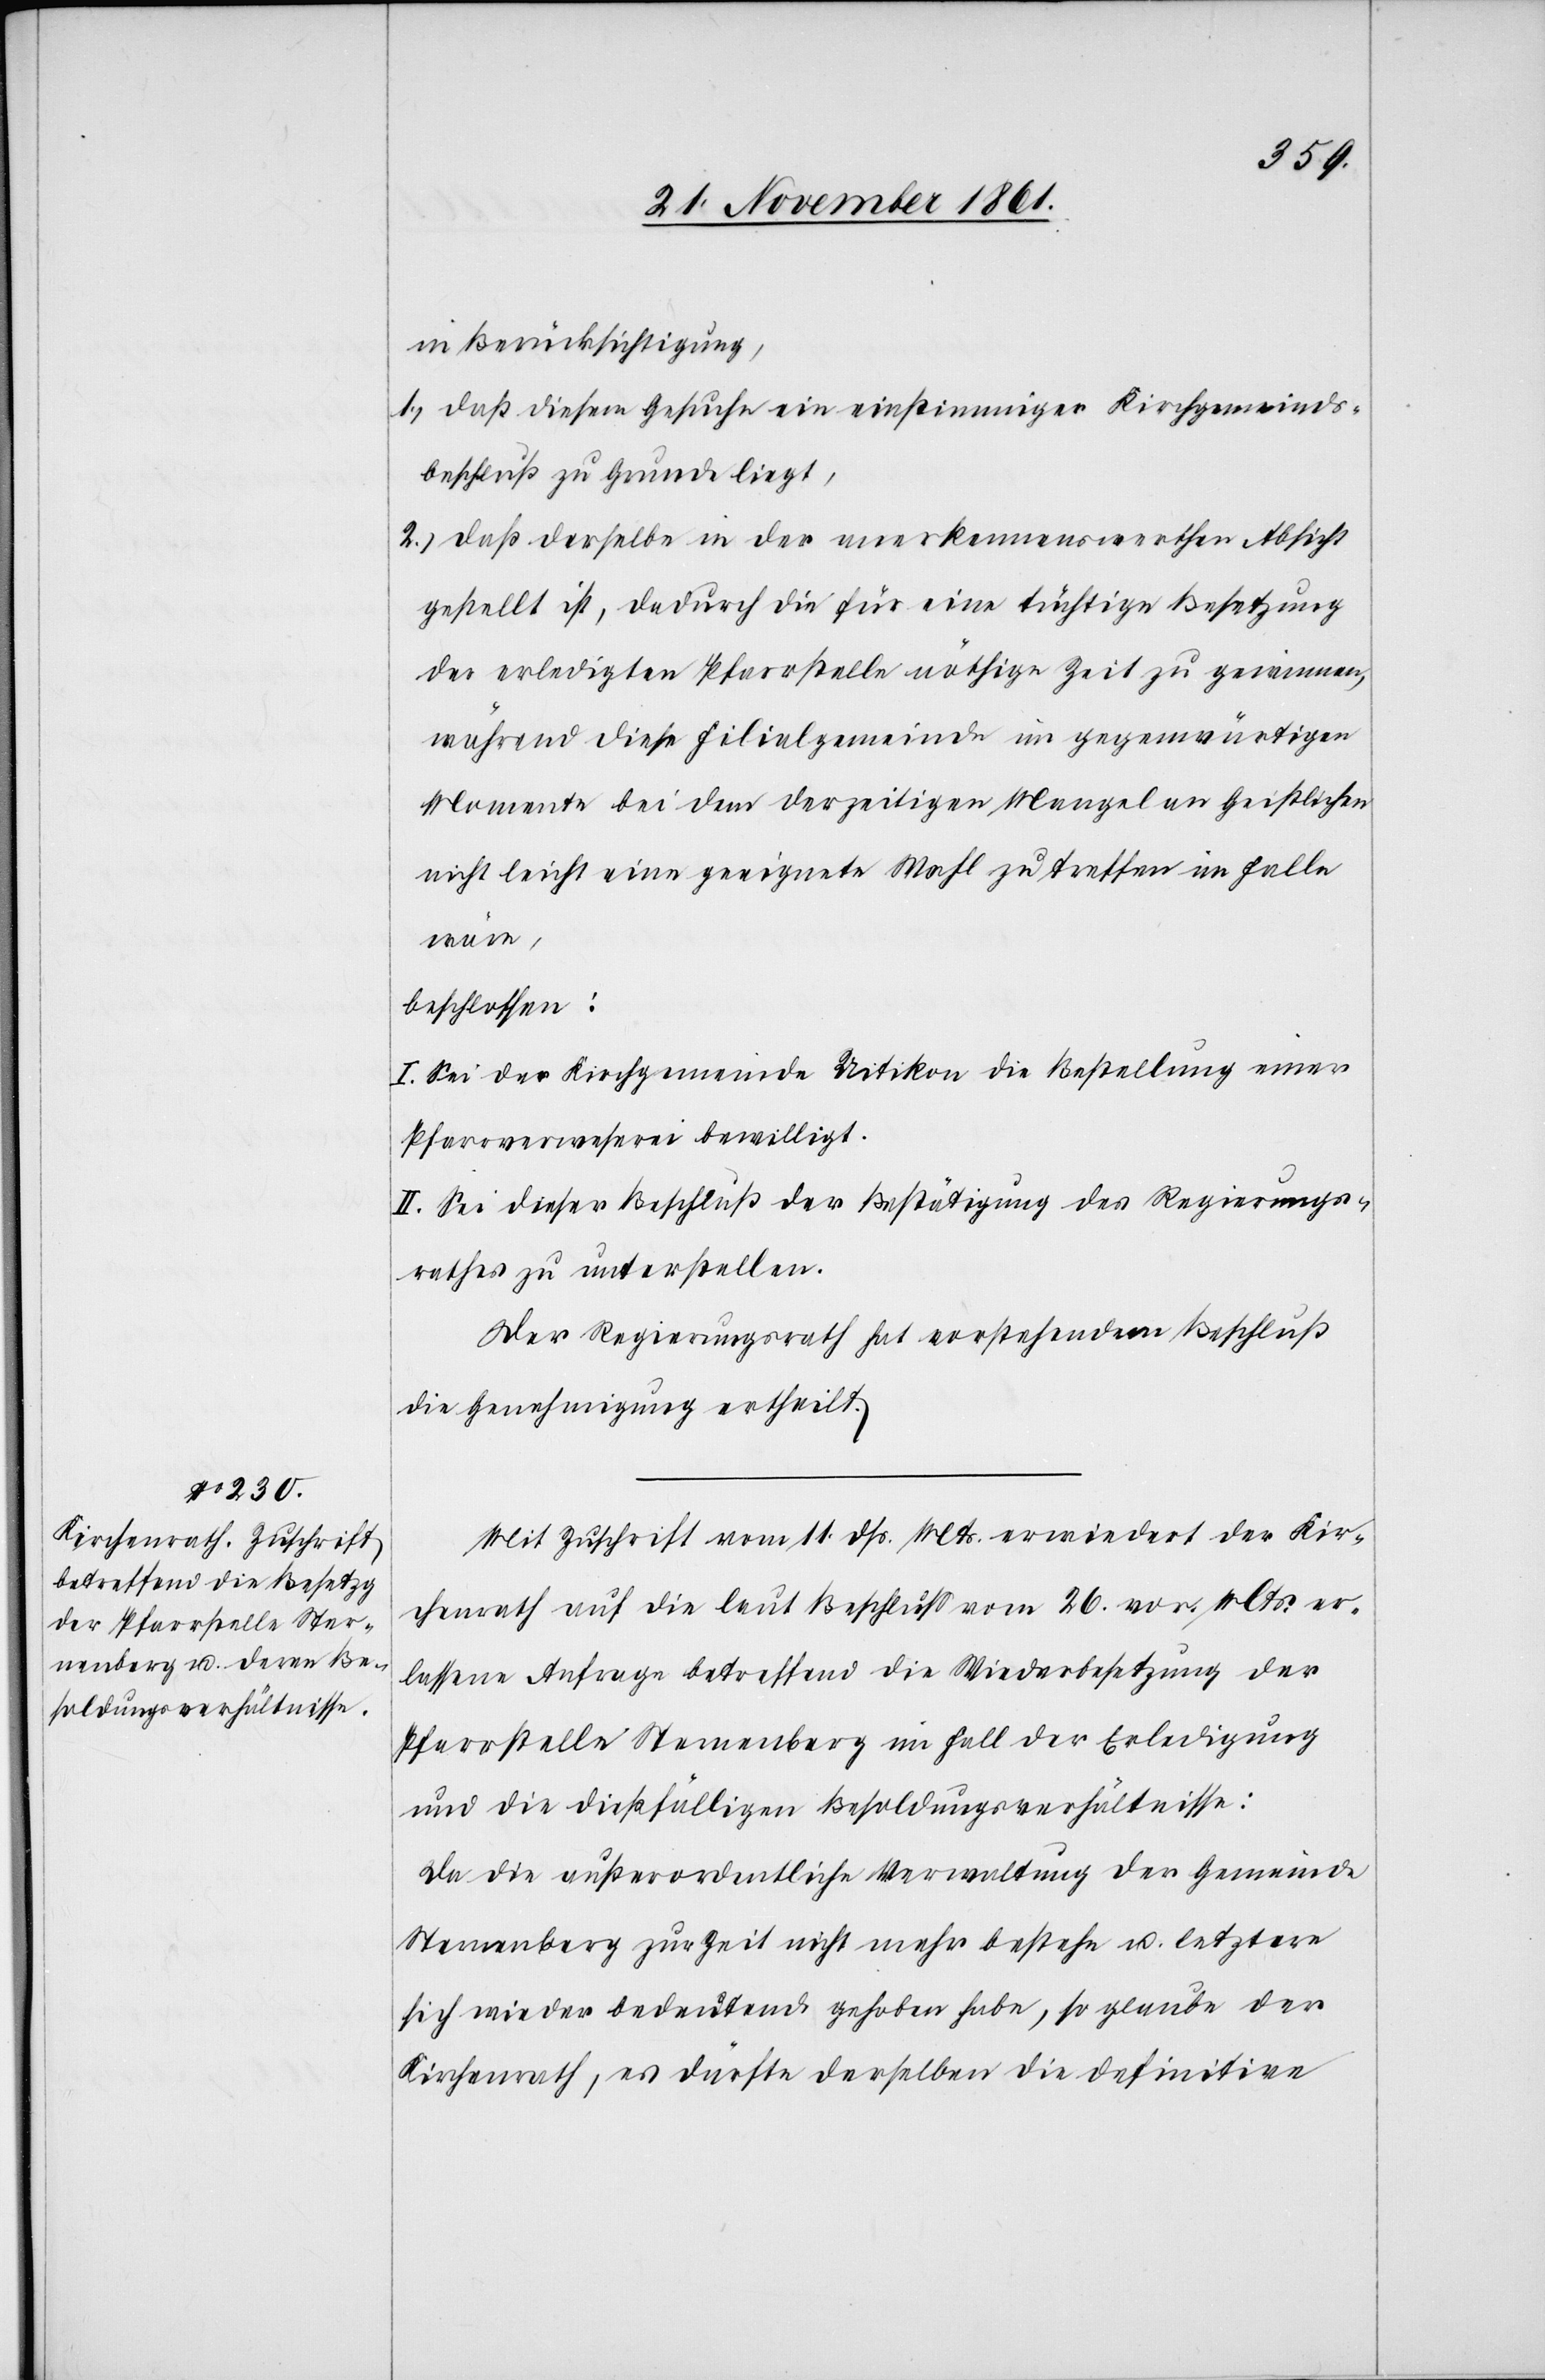
in Berücksichtigung.
1.) daß diesem Gesuche ein einstimmiger Kirchgemeinds¬
beschluß zu Grunde liegt,
2.) daß derselbe in der anerkennenswerthen Absicht
gestellt ist, dadurch die für eine tüchtige Besetzung
der erledigten Pfarrstelle nöthige Zeit zu gewinnen,
während diese Filialgemeinde im gegenwärtigen
Momente bei dem derzeitigen Mangel an Geistlichen
nicht leicht eine geeignete Wahl zu treffen im Falle
beschlossen:
I. Sei der Kirchgemeinde Uitikon die Bestellung einer
Pfarrverweserei bewilligt.
II. Sei dieser Beschluß der Bestätigung des Regierungs¬
rathes zu unterstellen.
Der Regierungsrath hat vorstehendem Beschluß
die Genehmigung ertheilt.
Mit Zuschrift vom 11 dß. Mts. erwiedert der Kir¬
chenrath auf die laut Beschluß vom 26 vor. Mts. er¬
lassene Anfrage betreffend die Wiederbesetzung der
Pfarrstelle Sternenberg im Fall der Erledigung
und die dießfälligen Besoldungsverhältnisse:
Da die außerordentliche Verwaltung der Gemeinde
Sternenberg zur Zeit nicht mehr bestehe u. letztere
sich wieder bedeutend gehoben habe, so glaube der
Kirchenrath, es dürfte derselben die definitive